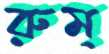
রুম্